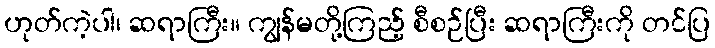
ဟုတ်ကဲ့ပါ၊ ဆရာကြီး။ ကျွန်မတို့ကြည့် စီစဉ်ပြီး ဆရာကြီးကို တင်ပြ